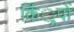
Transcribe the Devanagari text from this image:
किं्रपों